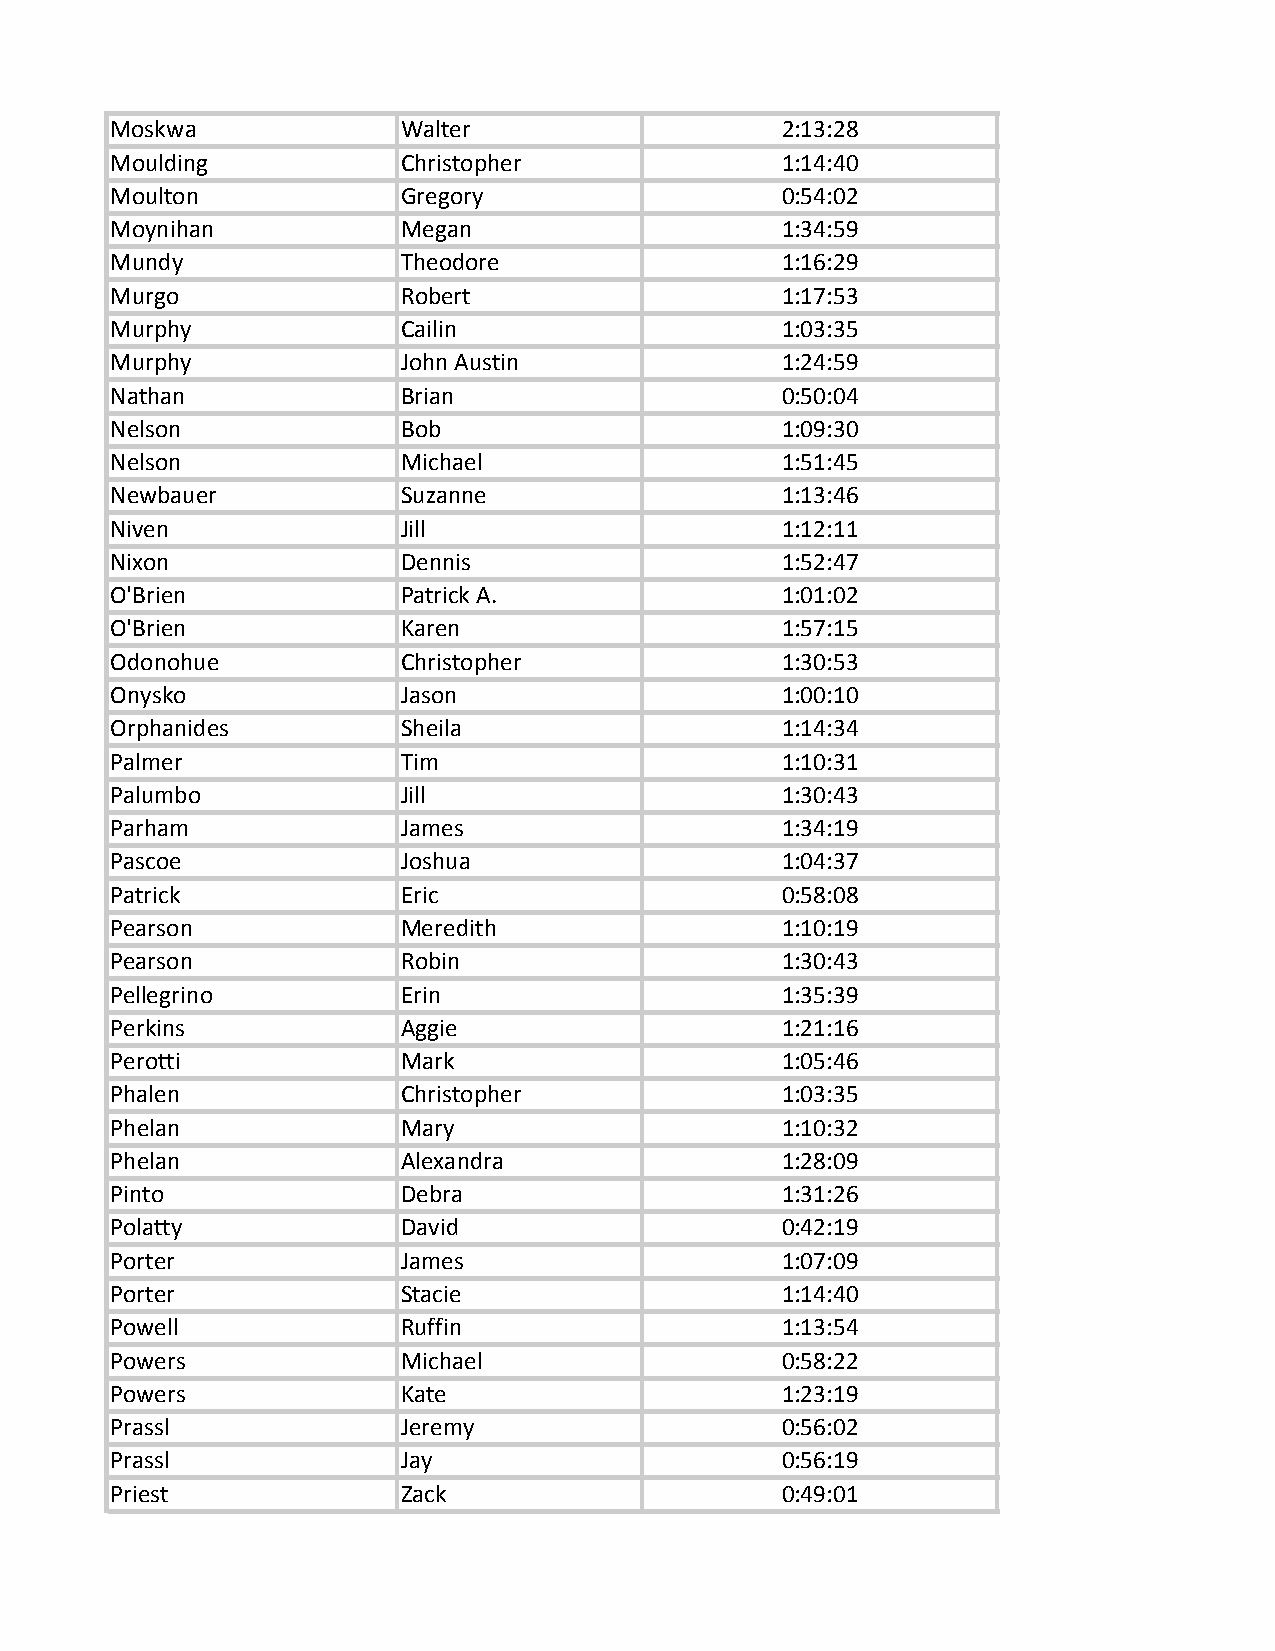
Moskwa              Walter                   2:13:28
 Moulding            Christopher              1:14:40
 Moulton             Gregory                  0:54:02
 Moynihan            Megan                    1:34:59
 Mundy               Theodore                 1:16:29
 Murgo               Robert                   1:17:53
 Murphy              Cailin                   1:03:35
 Murphy              John Austin              1:24:59
 Nathan              Brian                    0:50:04
 Nelson              Bob                      1:09:30
 Nelson              Michael                  1:51:45
 Newbauer            Suzanne                  1:13:46
 Niven               Jill                     1:12:11
 Nixon               Dennis                   1:52:47
 O'Brien             Patrick A.               1:01:02
 O'Brien             Karen                    1:57:15
 Odonohue            Christopher              1:30:53
 Onysko              Jason                    1:00:10
 Orphanides          Sheila                   1:14:34
 Palmer              Tim                      1:10:31
 Palumbo             Jill                     1:30:43
 Parham              James                    1:34:19
 Pascoe              Joshua                   1:04:37
 Patrick             Eric                     0:58:08
 Pearson             Meredith                 1:10:19
 Pearson             Robin                    1:30:43
 Pellegrino          Erin                     1:35:39
 Perkins             Aggie                    1:21:16
 Perotti             Mark                     1:05:46
 Phalen              Christopher              1:03:35
 Phelan              Mary                     1:10:32
 Phelan              Alexandra                1:28:09
 Pinto               Debra                    1:31:26
 Polatty             David                    0:42:19
 Porter              James                    1:07:09
 Porter              Stacie                   1:14:40
 Powell              Ruffin                   1:13:54
 Powers              Michael                  0:58:22
 Powers              Kate                     1:23:19
 Prassl              Jeremy                   0:56:02
 Prassl              Jay                      0:56:19
 Priest              Zack                     0:49:01